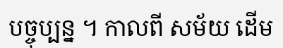
បច្ចុប្បន្ន ។ កាលពី សម័យ ដើម